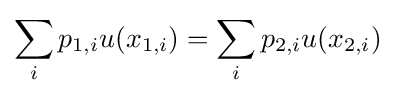
\sum _{i}p_{1,i}u(x_{1,i})=\sum _{i}p_{2,i}u(x_{2,i})